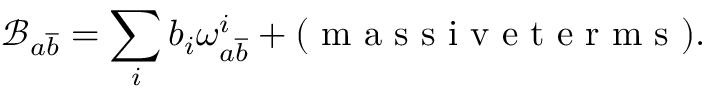
\mathcal { B } _ { a \overline { { { b } } } } = \sum _ { i } b _ { i } \omega _ { a \overline { { { b } } } } ^ { i } + ( \textrm { m a s s i v e t e r m s } ) .